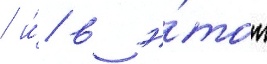
/ и́ в э́тот